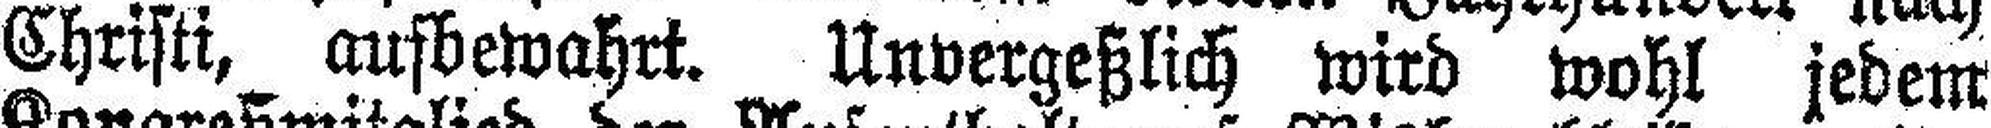
Christi, ausbewahrt. Unvergeßlich wird wohl jedem